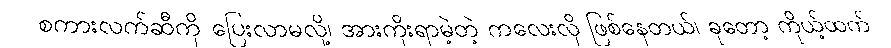
စကားလက်ဆီကို ပြေးလာမလို့၊ အားကိုးရာမဲ့တဲ့ ကလေးလို ဖြစ်နေတယ်၊ ခုတော့ ကိုယ့်ထက်